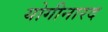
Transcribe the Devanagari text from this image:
योगीनारद